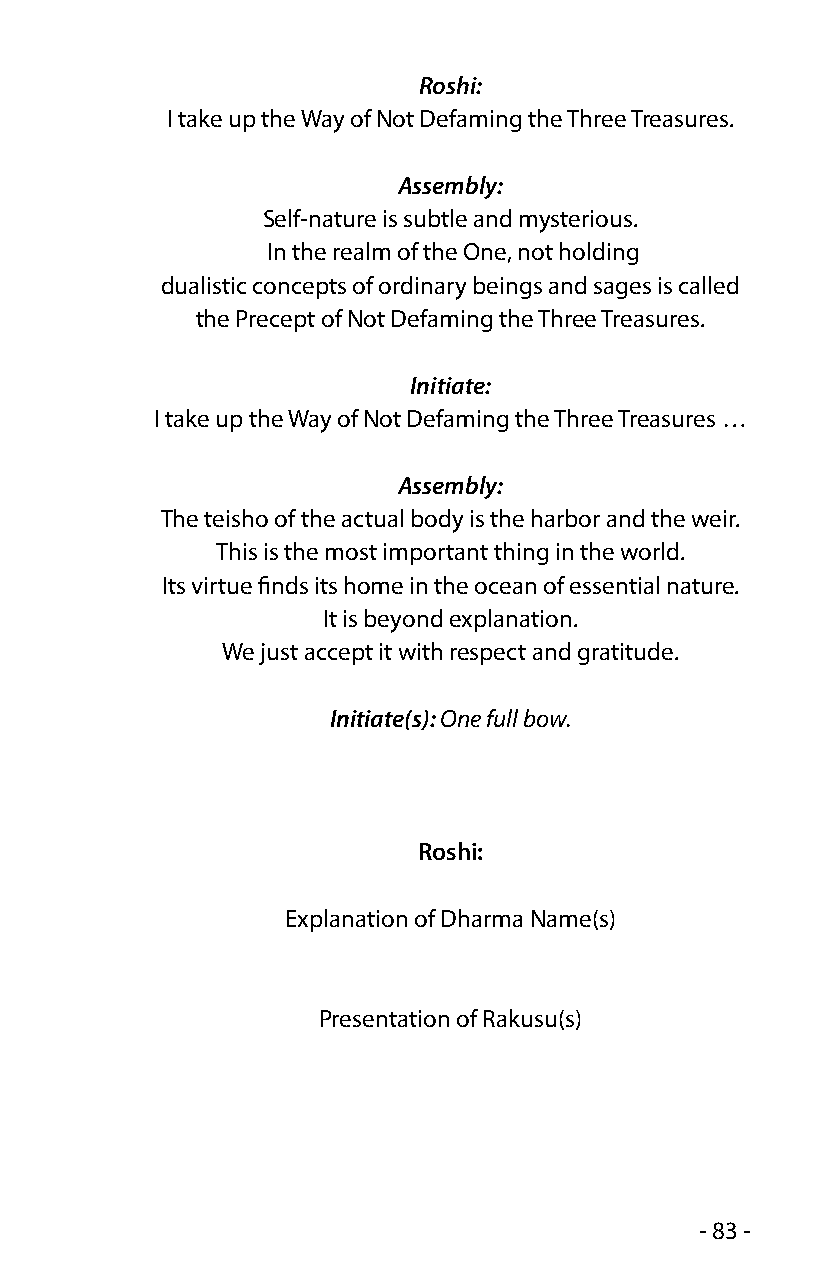
Roshi:
 I take up the Way of Not Defaming the Three Treasures.
 Assembly:
 Self-nature is subtle and mysterious.
 In the realm of the One, not holding
 dualistic concepts of ordinary beings and sages is called
 the Precept of Not Defaming the Three Treasures.
 Initiate:
 I take up the Way of Not Defaming the Three Treasures …
 Assembly:
 The teisho of the actual body is the harbor and the weir.
 This is the most important thing in the world.
 Its virtue finds its home in the ocean of essential nature.
 It is beyond explanation.
 We just accept it with respect and gratitude.
 Initiate(s): One full bow.
 Roshi:
 Explanation of Dharma Name(s)
 Presentation of Rakusu(s)
 - 83 -